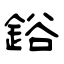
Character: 鋊